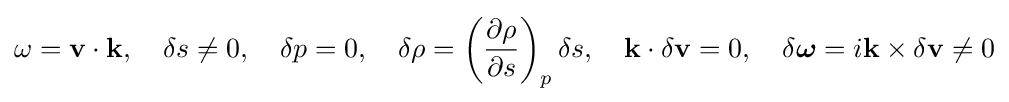
\omega =\mathbf {v} \cdot \mathbf {k} ,\quad \delta s\neq 0,\quad \delta p=0,\quad \delta \rho =\left({\frac {\partial \rho }{\partial s}}\right)_{p}\delta s,\quad \mathbf {k} \cdot \delta \mathbf {v} =0,\quad \delta {\boldsymbol {\omega }}=i\mathbf {k} \times \delta \mathbf {v} \neq 0